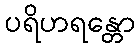
ပရိဟရန္တော